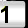
Digit: 1